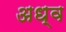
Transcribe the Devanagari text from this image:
अध्व